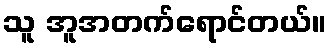
သူ အူအတက်ရောင်တယ်။